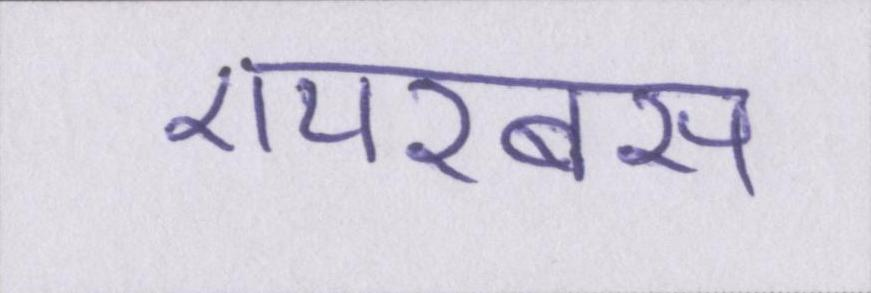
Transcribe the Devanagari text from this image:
एयरबस